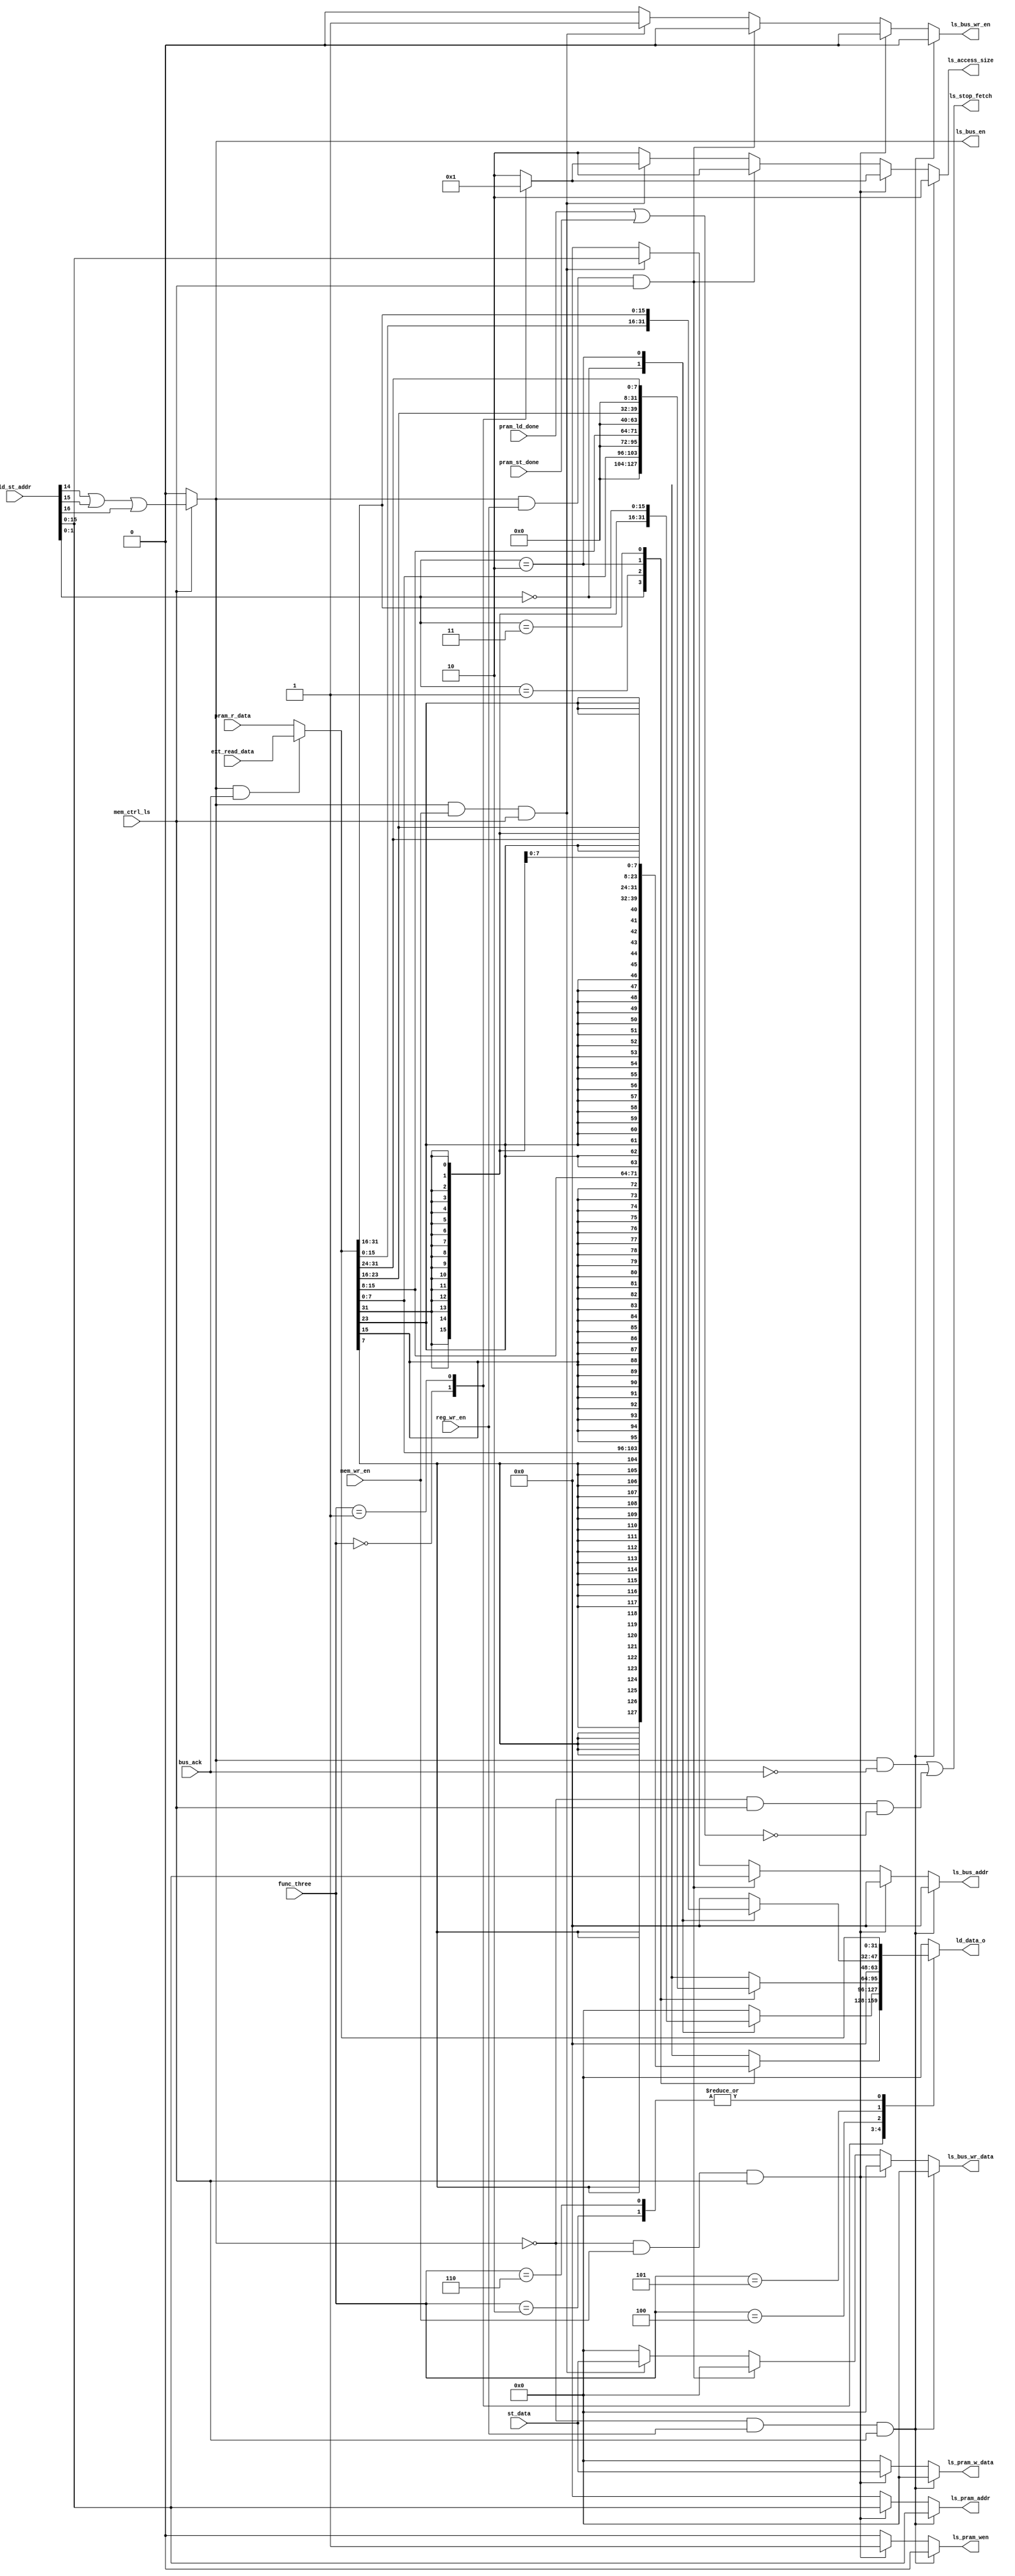
// Company           :   tud                      
//                    			
// Project Name      :   prz    
// Subproject Name   :   main    
// Description       :   Load store control unit           
//
// Last Change       :   $Date: 2020-11-21 10:20:51 +0100 (Sat, 21 Nov 2020) $
// by                :   $Author: erdi19 $                  			
//------------------------------------------------------------



module ld_st_mem_ctrller(
			input [31:0]		ld_st_addr,    		//address from alu result
			input 			mem_ctrl_ls,		//control
			output  	   	ls_stop_fetch,		//to stop when bus access
			input 			mem_wr_en,   		//from ctrl
			input 			reg_wr_en,   		//from ctrl
			input [31:0]		st_data,     		//from rs2
			//access size decide
			input [2:0] 		func_three,		//from decoder or cntrl
			output reg [1:0]	ls_access_size,		//to bus and PRAM
			input 			pram_ld_done,		//from pram to release stopfetch during internal load
			input 			pram_st_done,		//from pram to release stopfetch during internal store
			//pram io's
			input [31:0]		pram_r_data, 		//from program memory
			output reg 	   	ls_pram_wen,   		//to program memory
			output reg [15:0] 	ls_pram_addr,		//to program memory
			output reg [31:0] 	ls_pram_w_data,		//to program memory
			output reg[31:0]	ld_data_o,		//to register file
			//bus signals
			input [31:0]		ext_read_data, 		//from bus_if
			input 			bus_ack, 		//from bus_if to release stopfetch during external load or store
			output  		ls_bus_en,		//to bus_if 
			output reg 		ls_bus_wr_en,		//to bus_if 
			output reg [15:0]	ls_bus_addr,		//to bus_if load or store address for external LS
			output reg [31:0]	ls_bus_wr_data		//to bus_if store data	
			);




			localparam 		BYTE       = 3'b000;
			localparam 		HALFWORD   = 3'b001;
			localparam 		WORD       = 3'b010;
			localparam 		BYTE_U     = 3'b100;
			localparam 		HALFWORD_U = 3'b101;
			localparam 		WORD_U     = 3'b110;


			wire [31:0] 		d_read_data;

	assign ls_bus_en= mem_ctrl_ls?(ld_st_addr[14] || ld_st_addr[15] ||ld_st_addr[16]) :1'b0;
	
	always@ ( * )begin

		ls_pram_wen    = 1'b0;   			
		ls_pram_addr   = 16'd0;		
		ls_access_size = 2'b10; 
		ls_pram_w_data = 32'd0;
		ls_bus_wr_en   = 1'b0;
		ls_bus_addr    = 16'd0;
		ls_bus_wr_data = 32'd0;

		if(!ls_bus_en && reg_wr_en && mem_ctrl_ls)begin
	 		ls_pram_addr   = ld_st_addr; 	
		end
		else if(!ls_bus_en && mem_wr_en && mem_ctrl_ls) begin
			ls_pram_addr   = ld_st_addr;
			ls_pram_w_data = st_data;
			ls_pram_wen    = 1'b1;
			case(func_three)
				3'b000  : ls_access_size = 2'b00;
				3'b001  : ls_access_size = 2'b01;
				3'b010  : ls_access_size = 2'b10;
				default : ls_access_size = 2'b10;
			endcase
		end
		else if(ls_bus_en && reg_wr_en && mem_ctrl_ls) begin
			ls_bus_addr   = ld_st_addr;
		end
		else if(ls_bus_en && mem_wr_en && mem_ctrl_ls) begin
			ls_bus_addr   = ld_st_addr;
			ls_bus_wr_data = st_data;
			ls_bus_wr_en    = 1'b1;
			case(func_three)
				3'b000  : ls_access_size = 2'b00;
				3'b001  : ls_access_size = 2'b01;
				3'b010  : ls_access_size = 2'b10;
				default : ls_access_size = 2'b10;
			endcase
		end
	end


	//output decision
	assign d_read_data = ls_bus_en && bus_ack ? ext_read_data : pram_r_data;

	always @( * )
		begin
		ld_data_o=32'd0;
		case(func_three)
			BYTE:begin
				case(ld_st_addr[1:0])
					2'b00:ld_data_o = {{24{d_read_data[7]}},d_read_data[7:0]};    
					2'b01:ld_data_o = {{24{d_read_data[15]}},d_read_data[15:8]};
					2'b10:ld_data_o = {{24{d_read_data[23]}},d_read_data[23:16]};
					2'b11:ld_data_o = {{24{d_read_data[31]}},d_read_data[31:24]};
				endcase
			end
			HALFWORD:begin
				case(ld_st_addr[1:0])
					2'b00:ld_data_o = {{16{d_read_data[15]}},d_read_data[15:0]};
					2'b10:ld_data_o = {{16{d_read_data[31]}},d_read_data[31:16]};
				endcase
			end
			WORD:begin
				ld_data_o = d_read_data;
			end
			BYTE_U:begin
				case(ld_st_addr[1:0])
					2'b00:ld_data_o = {{24{1'b0}},d_read_data[7:0]};    
					2'b01:ld_data_o = {{24{1'b0}},d_read_data[15:8]};
					2'b10:ld_data_o = {{24{1'b0}},d_read_data[23:16]};
					2'b11:ld_data_o = {{24{1'b0}},d_read_data[31:24]};
				endcase
			end
			HALFWORD_U:begin
				case(ld_st_addr[1:0])
					2'b00:ld_data_o = {{16{1'b0}},d_read_data[15:0]};
					2'b10:ld_data_o = {{16{1'b0}},d_read_data[31:16]};
				endcase
			end
			WORD_U:begin
				ld_data_o=d_read_data;
			end
		endcase
	end

	assign ls_stop_fetch = ls_bus_en && !bus_ack ||  (!ls_bus_en && mem_ctrl_ls && !(pram_ld_done || pram_st_done));  

endmodule